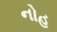
નોહ